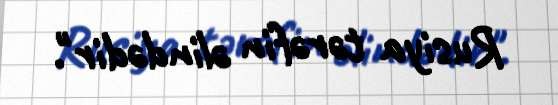
Rusiya tərəfin əlindədir".